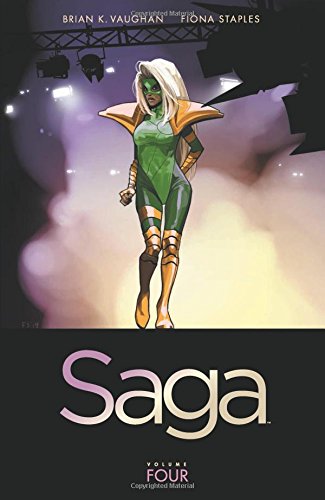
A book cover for Saga Volume 4 (Saga Tp); Brian K. Vaughan; Comics & Graphic Novels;